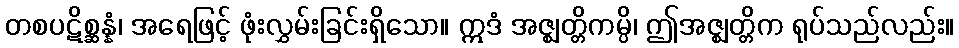
တစပဋိစ္ဆန္နံ၊ အရေဖြင့် ဖုံးလွှမ်းခြင်းရှိသော။ ဣဒံ အဇ္ဈတ္တိကမ္ပိ၊ ဤအဇ္ဈတ္တိက ရုပ်သည်လည်း။